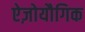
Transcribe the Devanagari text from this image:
ऐज़ोयौगिक